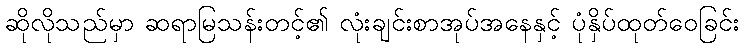
ဆိုလိုသည်မှာ ဆရာမြသန်းတင့်၏ လုံးချင်းစာအုပ်အနေနှင့် ပုံနှိပ်ထုတ်ဝေခြင်း